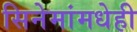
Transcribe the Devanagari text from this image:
सिनेमांमधेही